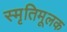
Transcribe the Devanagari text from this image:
स्मृतिमूलक